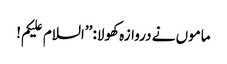
ماموں نے دروازہ کھولا: ’’السلام علیکم!